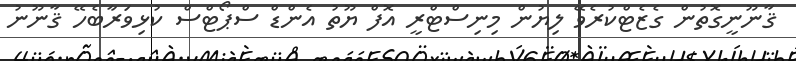
ޤާނޫނީގޮތުން ގެޒެޓްކުރެވޭ ލިޔުން މިނިސްޓްރީ އޮފް ޔޫތު އެންޑް ސްޕޯޓްސް ކުޅިވަރާބެހޭ ޤާނޫނު